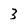
Character: 3